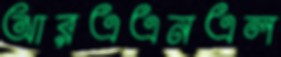
আরএএনএল